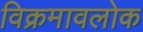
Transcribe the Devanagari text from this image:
विक्रमावलोक